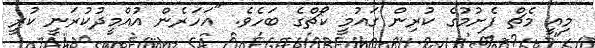
މިއީ މެޗް ފެށުމުގެ ކުރިން ގައުމީ ކޯޗްގެ ބަހެވެ. "އަހަރެން އުއްމީދުކުރަނީ ކުރީ